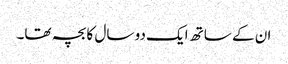
ان کے ساتھ ایک دو سال کا بچہ تھا۔